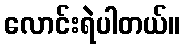
လောင်းရဲပါတယ်။